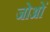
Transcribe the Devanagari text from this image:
जोओं